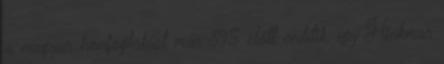
a magyar honfoglalást már 895 előtt említik, így Hinkmar